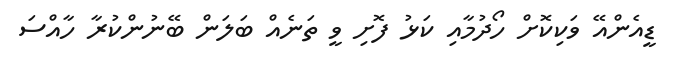
ޑީއެންއޭ ވަކިކޮށް ހޯދުމާއި ކަޅު ފޮށި ވީ ތަނެއް ބަލަން ބޭނުންކުރާ ހާއްސަ